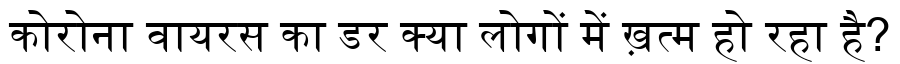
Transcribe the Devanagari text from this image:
कोरोना वायरस का डर क्या लोगों में ख़त्म हो रहा है?